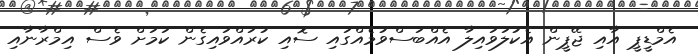
އެމްޑީޕީ އާއި ޖޭޕީން އެކުލަވައިލާ އެއްބަސްވުމެއްގައި ސޮއި ކުރައްވައިގެން ކަމަށް ވެސް އިމްރާނާއި